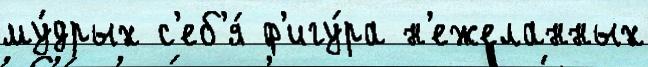
му́дрых с'еб'я́ ф'игу́ра н'ежеланных